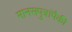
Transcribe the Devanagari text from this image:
मानसपुत्रांपैकी